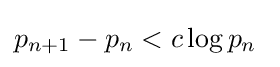
p_{n+1}-p_{n}<c\log p_{n}\